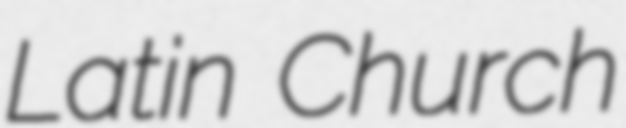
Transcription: Latin Church